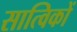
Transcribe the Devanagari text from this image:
सात्विकों